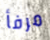
مرفأ